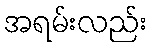
အရမ်းလည်း